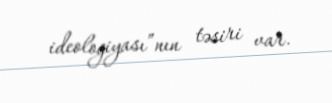
ideologiyası”nın təsiri var.